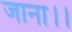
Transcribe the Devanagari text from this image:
जाना।।